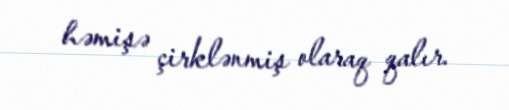
həmişə çirklənmiş olaraq qalır.